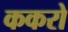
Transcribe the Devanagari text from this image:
ककरो